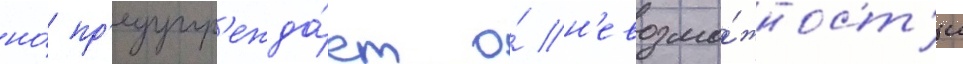
но́ пр'едупр'ежда́ет о́ н'евозмо́жност'и